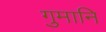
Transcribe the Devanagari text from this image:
गुमानि